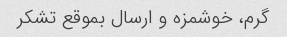
گرم، خوشمزه و ارسال بموقع تشکر